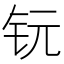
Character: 𮷸